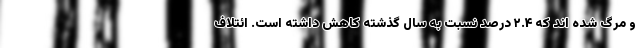
و مرگ شده اند که ۲.۴ درصد نسبت به سال گذشته کاهش داشته است. ائتلاف